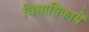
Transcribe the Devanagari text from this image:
विधायिकायें